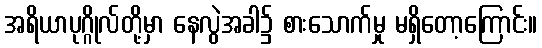
အရိယာပုဂ္ဂိုလ်တို့မှာ နေလွဲအခါ၌ စားသောက်မှု မရှိတော့ကြောင်း။